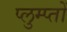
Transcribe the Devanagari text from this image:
प्लुम्प्तों